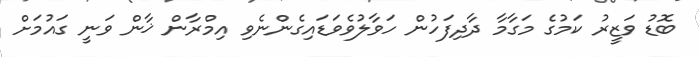
ބޮޑު ވަޒީރު ކަމުގެ މަގާމާ ދާދިފަހުން ހަވާލުވެވަޑައިގެންނެވި އިމްރާން ޚާން ވަނީ ގައުމަށް